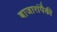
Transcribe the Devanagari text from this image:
बाजारांपैकी